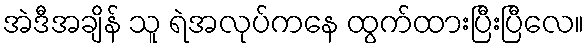
အဲဒီအချိန် သူ ရဲအလုပ်ကနေ ထွက်ထားပြီးပြီလေ။